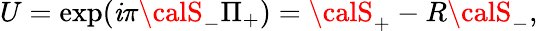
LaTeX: U=\exp(\mathit{i}\pi{\calS}_{-}\Pi_{+})={\calS}_{+}-R{\calS}_{-},